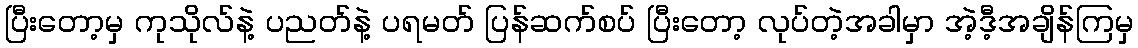
ပြီးတော့မှ ကုသိုလ်နဲ့ ပညတ်နဲ့ ပရမတ် ပြန်ဆက်စပ် ပြီးတော့ လုပ်တဲ့အခါမှာ အဲ့ဒီ့အချိန်ကြမှ